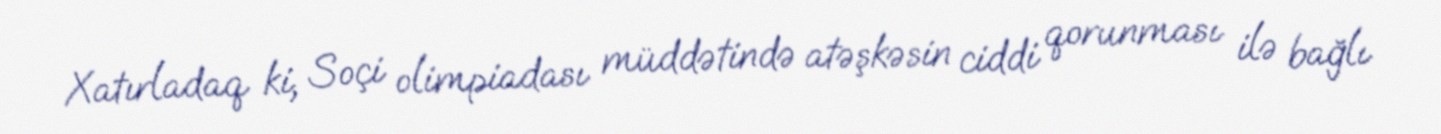
Xatırladaq ki, Soçi olimpiadası müddətində atəşkəsin ciddi qorunması ilə bağlı